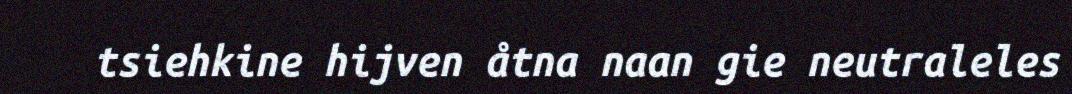
tsiehkine hijven åtna naan gie neutraleles